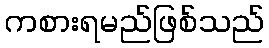
ကစားရမည်ဖြစ်သည်